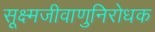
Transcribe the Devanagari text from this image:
सूक्ष्मजीवाणुनिरोधक